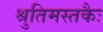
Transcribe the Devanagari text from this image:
श्रुतिमस्तकैः